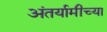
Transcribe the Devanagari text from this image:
अंतर्यामीच्या